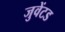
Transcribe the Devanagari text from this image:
जुवेंटड